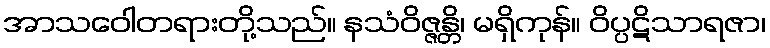
အာသဝေါတရားတို့သည်။ နသံဝိဇ္ဇန္တိ၊ မရှိကုန်။ ဝိပ္ပဋိသာရဇာ၊